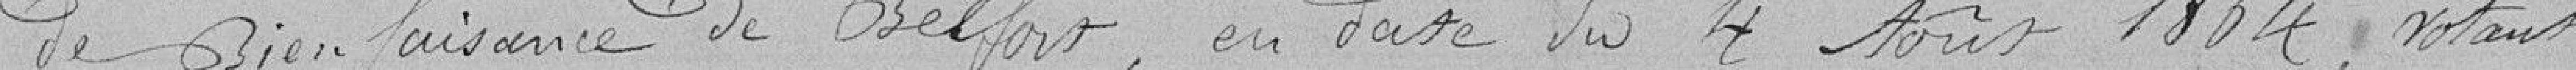
de bienfaisance de Belfort, en date du 4 août 1864, votant